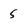
Character: 5